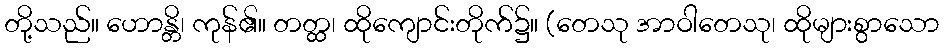
တို့သည်။ ဟောန္တိ၊ ကုန်၏။ တတ္ထ၊ ထိုကျောင်းတိုက်၌။ (တေသု အာဝါတေသု၊ ထိုများစွာသော